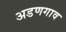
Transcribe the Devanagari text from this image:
अडणगाव